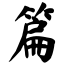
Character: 篇